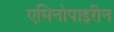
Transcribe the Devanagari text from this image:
एमिनोपाइरीन